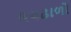
લયઢાળો